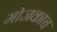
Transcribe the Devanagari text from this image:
मोजकाच